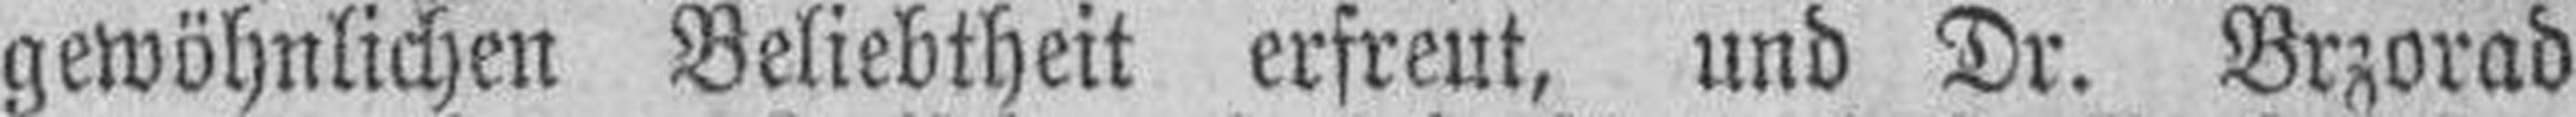
gewöhnlichen Beliebtheit erfreut, und Dr. Brzorad